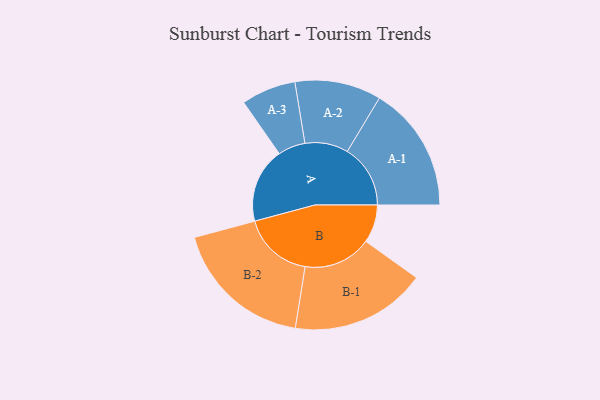
{"axis": {"x": "Segment", "y": "Value"}, "legend": ["", "A", "B"], "data": [{"x": "A", "y": 294, "type": ""}, {"x": "B", "y": 149, "type": ""}, {"x": "A-1", "y": 247, "type": "A"}, {"x": "A-2", "y": 169, "type": "A"}, {"x": "A-3", "y": 107, "type": "A"}, {"x": "B-1", "y": 266, "type": "B"}, {"x": "B-2", "y": 276, "type": "B"}]}